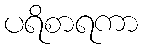
ပရိစာရကာ